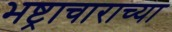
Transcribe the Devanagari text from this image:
भष्ट्राचाराच्या